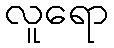
လူရော